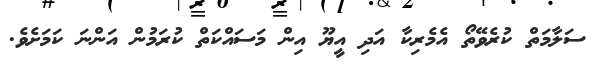
ސަލާމަތް ކުރެވޭތޯ އެމެރިކާ އަދި އީޔޫ އިން މަސައްކަތް ކުރަމުން އަންނަ ކަމަށެވެ.